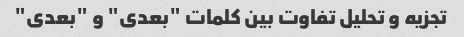
تجزیه و تحلیل تفاوت بین کلمات "بعدی" و "بعدی"